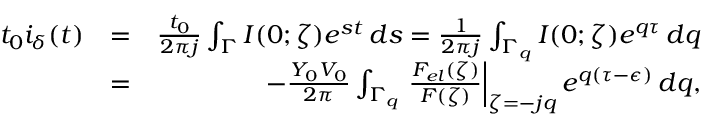
\begin{array} { r l r } { t _ { 0 } i _ { \delta } ( t ) } & { = } & { \frac { t _ { 0 } } { 2 \pi j } \int _ { \Gamma } I ( 0 ; \zeta ) e ^ { s t } \, d s = \frac { 1 } { 2 \pi j } \int _ { \Gamma _ { q } } I ( 0 ; \zeta ) e ^ { q \tau } \, d q } \\ & { = } & { - \frac { Y _ { 0 } V _ { 0 } } { 2 \pi } \int _ { \Gamma _ { q } } \left. \frac { F _ { e l } ( \zeta ) } { F ( \zeta ) } \right\vert _ { \zeta = - j q } e ^ { q ( \tau - \epsilon ) } \, d q , } \end{array}